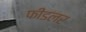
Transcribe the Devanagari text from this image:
फीडलर